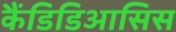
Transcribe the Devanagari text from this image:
कैंडिडिआसिस